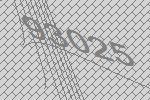
93025